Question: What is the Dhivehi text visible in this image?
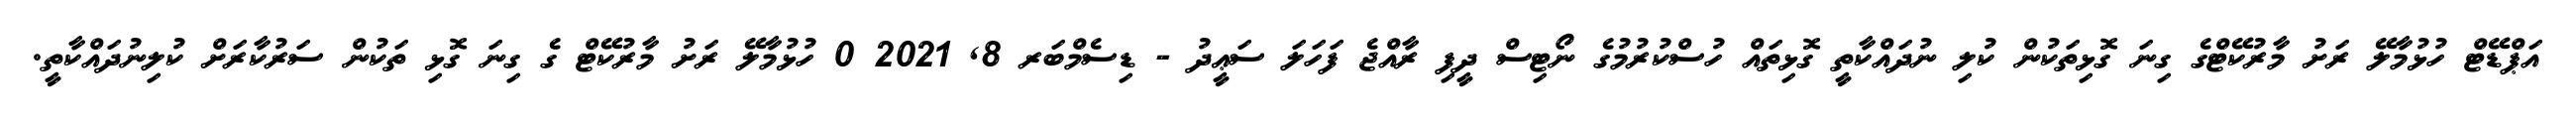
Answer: އަޕްޑޭޓް ހުޅުމާލޭ ރަށު މާރުކޭޓްގެ ގިނަ ގޮޅިތަކުން ކުލި ނުދައްކާތީ ގޮޅިތައް ހުސްކުރުމުގެ ނޯޓިސް ދީފި ރާއްޖެ ފަހަލަ ސަޢީދު - ޑިސެމްބަރ 8, 2021 0 ހުޅުމާލޭ ރަށު މާރުކޭޓް ގެ ގިނަ ގޮޅި ތަކުން ސަރުކާރަށް ކުލިނުދައްކާތީ.